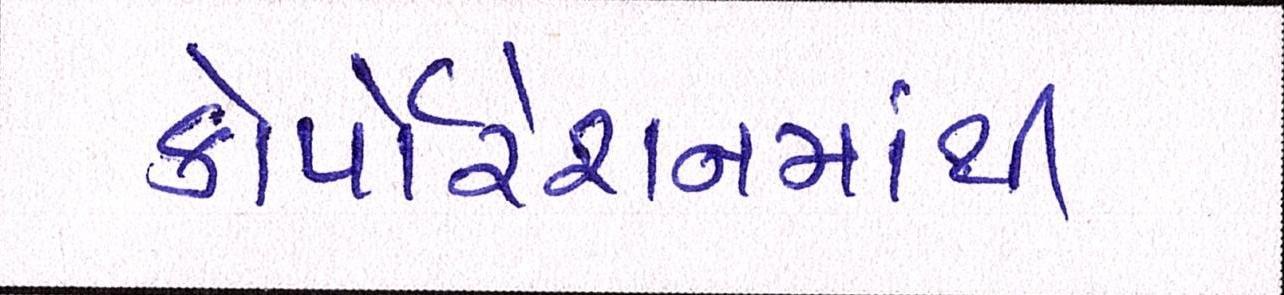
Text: કોર્પોરેશનમાંથી